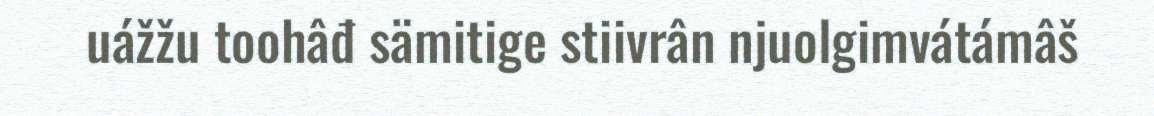
uážžu toohâđ sämitige stiivrân njuolgimvátámâš